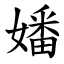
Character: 嬏